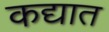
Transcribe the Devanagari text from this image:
कद्यात